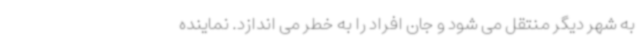
به شهر دیگر منتقل می شود و جان افراد را به خطر می اندازد. نماینده